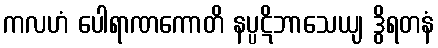
ကလဟံ ပေါရာဏကောတိ နပ္ပဋိဘာသေယျ ဒွိရတနံ